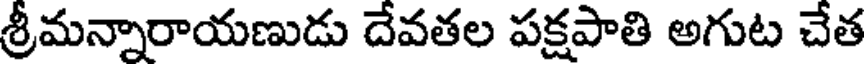
శ్రీమన్నారాయణుడు దేవతల పక్షపాతి అగుట చేత